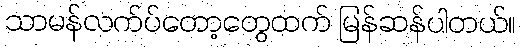
သာမန်လက်ပ်တော့တွေထက် မြန်ဆန်ပါတယ်။